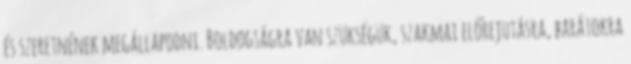
és szeretnének megállapodni. Boldogságra van szükségük, szakmai előrejutásra, barátokra